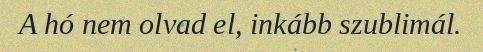
A hó nem olvad el, inkább szublimál.